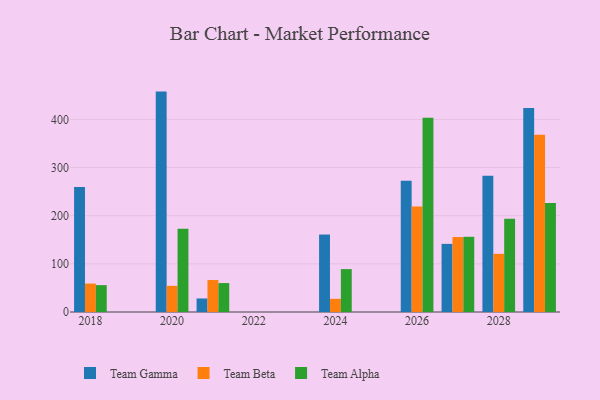
{"axis": {"x": "Year", "y": "Production Output"}, "legend": ["Team Alpha", "Team Beta", "Team Gamma"], "data": [{"x": "2021", "y": 28.1, "type": "Team Gamma"}, {"x": "2021", "y": 66.4, "type": "Team Beta"}, {"x": "2021", "y": 60.1, "type": "Team Alpha"}, {"x": "2020", "y": 457.8, "type": "Team Gamma"}, {"x": "2020", "y": 54.3, "type": "Team Beta"}, {"x": "2020", "y": 172.9, "type": "Team Alpha"}, {"x": "2029", "y": 423.6, "type": "Team Gamma"}, {"x": "2029", "y": 368.2, "type": "Team Beta"}, {"x": "2029", "y": 226.6, "type": "Team Alpha"}, {"x": "2027", "y": 141.5, "type": "Team Gamma"}, {"x": "2027", "y": 155.7, "type": "Team Beta"}, {"x": "2027", "y": 156.2, "type": "Team Alpha"}, {"x": "2028", "y": 282.8, "type": "Team Gamma"}, {"x": "2028", "y": 120.8, "type": "Team Beta"}, {"x": "2028", "y": 193.9, "type": "Team Alpha"}, {"x": "2024", "y": 160.9, "type": "Team Gamma"}, {"x": "2024", "y": 27.3, "type": "Team Beta"}, {"x": "2024", "y": 89.1, "type": "Team Alpha"}, {"x": "2026", "y": 272.8, "type": "Team Gamma"}, {"x": "2026", "y": 219.1, "type": "Team Beta"}, {"x": "2026", "y": 403.4, "type": "Team Alpha"}, {"x": "2018", "y": 259.7, "type": "Team Gamma"}, {"x": "2018", "y": 59.1, "type": "Team Beta"}, {"x": "2018", "y": 55.8, "type": "Team Alpha"}]}